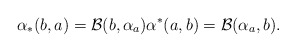
\begin{align*} \alpha_*(b,a)=\mathcal{B}(b,\alpha_a) \alpha^*(a,b)=\mathcal{B}(\alpha_a,b).\end{align*}